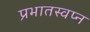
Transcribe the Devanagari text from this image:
प्रभातस्वप्न